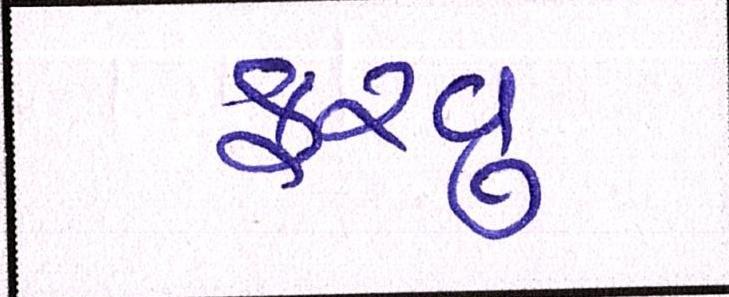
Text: ફરવુ